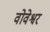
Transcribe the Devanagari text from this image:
वोवेश्वर